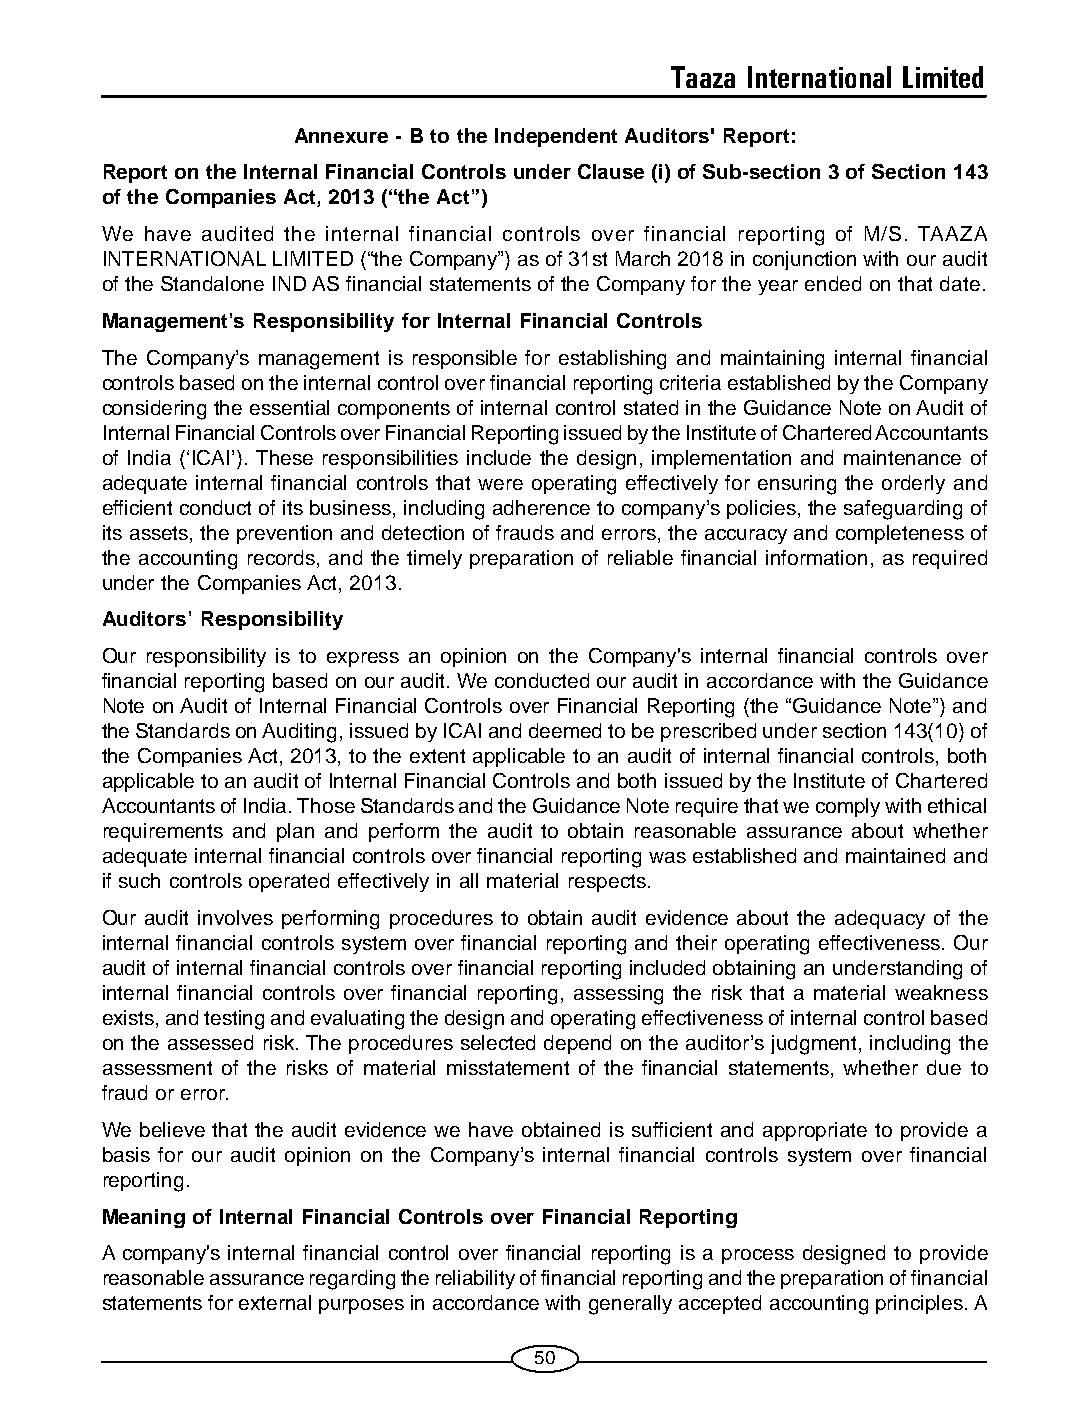
Taaza International Limited
 Annexure - B to the Independent Auditors' Report:
 Report on the Internal Financial Controls under Clause (i) of Sub-section 3 of Section 143
 of the Companies Act, 2013 (“the Act”)
 We have audited the internal financial controls over financial reporting of M/S. TAAZA
 INTERNATIONAL LIMITED (“the Company”) as of 31st March 2018 in conjunction with our audit
 of the Standalone IND AS financial statements of the Company for the year ended on that date.
 Management’s Responsibility for Internal Financial Controls
 The Company’s management is responsible for establishing and maintaining internal financial
 controls based on the internal control over financial reporting criteria established by the Company
 considering the essential components of internal control stated in the Guidance Note on Audit of
 Internal Financial Controls over Financial Reporting issued by the Institute of Chartered Accountants
 of India (‘ICAI’). These responsibilities include the design, implementation and maintenance of
 adequate internal financial controls that were operating effectively for ensuring the orderly and
 efficient conduct of its business, including adherence to company’s policies, the safeguarding of
 its assets, the prevention and detection of frauds and errors, the accuracy and completeness of
 the accounting records, and the timely preparation of reliable financial information, as required
 under the Companies Act, 2013.
 Auditors’ Responsibility
 Our responsibility is to express an opinion on the Company's internal financial controls over
 financial reporting based on our audit. We conducted our audit in accordance with the Guidance
 Note on Audit of Internal Financial Controls over Financial Reporting (the “Guidance Note”) and
 the Standards on Auditing, issued by ICAI and deemed to be prescribed under section 143(10) of
 the Companies Act, 2013, to the extent applicable to an audit of internal financial controls, both
 applicable to an audit of Internal Financial Controls and both issued by the Institute of Chartered
 Accountants of India. Those Standards and the Guidance Note require that we comply with ethical
 requirements and plan and perform the audit to obtain reasonable assurance about whether
 adequate internal financial controls over financial reporting was established and maintained and
 if such controls operated effectively in all material respects.
 Our audit involves performing procedures to obtain audit evidence about the adequacy of the
 internal financial controls system over financial reporting and their operating effectiveness. Our
 audit of internal financial controls over financial reporting included obtaining an understanding of
 internal financial controls over financial reporting, assessing the risk that a material weakness
 exists, and testing and evaluating the design and operating effectiveness of internal control based
 on the assessed risk. The procedures selected depend on the auditor’s judgment, including the
 assessment of the risks of material misstatement of the financial statements, whether due to
 fraud or error.
 We believe that the audit evidence we have obtained is sufficient and appropriate to provide a
 basis for our audit opinion on the Company’s internal financial controls system over financial
 reporting.
 Meaning of Internal Financial Controls over Financial Reporting
 A company's internal financial control over financial reporting is a process designed to provide
 reasonable assurance regarding the reliability of financial reporting and the preparation of financial
 statements for external purposes in accordance with generally accepted accounting principles. A
 50